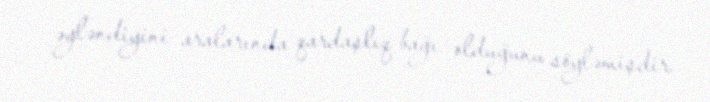
əyləndiyini aralarında qardaşlıq bağı olduğunu söyləmişdir.